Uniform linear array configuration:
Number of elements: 16
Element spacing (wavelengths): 0.25
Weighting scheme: uniform
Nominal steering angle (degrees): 60
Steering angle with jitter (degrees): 61.074
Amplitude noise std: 0.05
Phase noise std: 0.05

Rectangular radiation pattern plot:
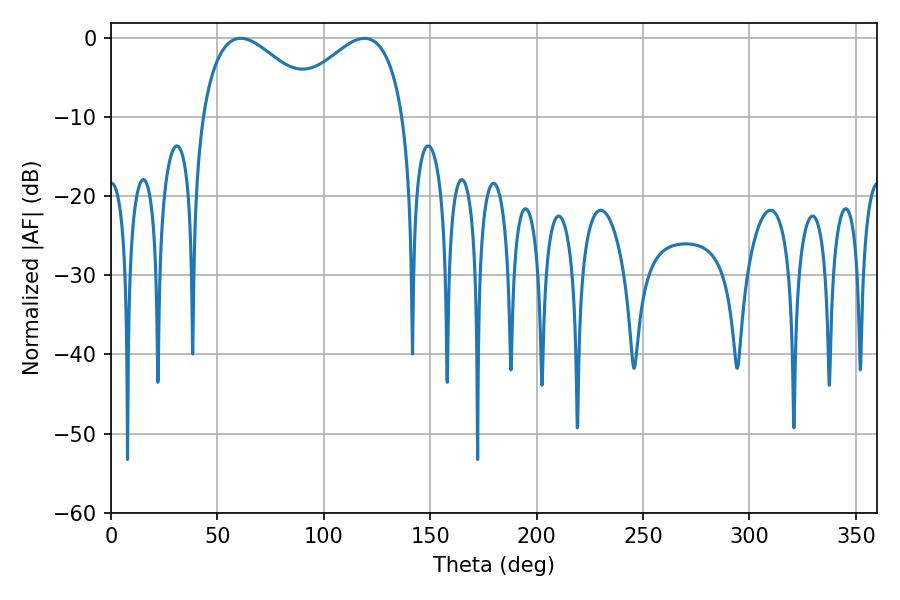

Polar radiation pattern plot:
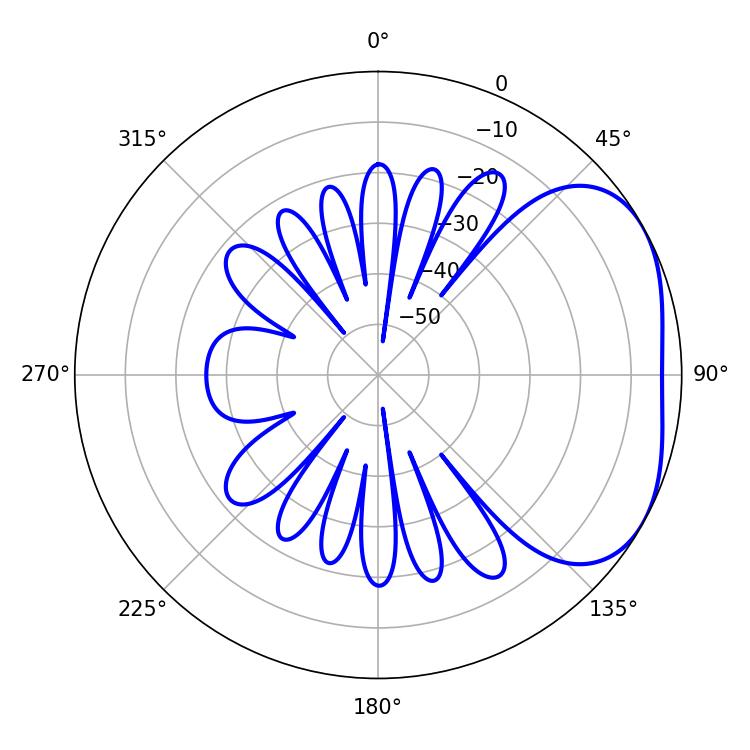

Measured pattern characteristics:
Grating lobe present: FALSE
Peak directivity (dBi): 3.215
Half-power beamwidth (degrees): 30.6
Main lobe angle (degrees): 60.84